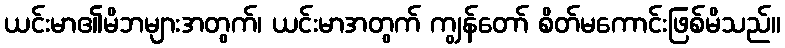
ယင်းမာ၏မိဘများအတွက်၊ ယင်းမာအတွက် ကျွန်တော် စိတ်မကောင်းဖြစ်မိသည်။